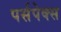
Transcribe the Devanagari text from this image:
पर्सपेक्स